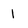
Character: 1